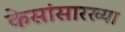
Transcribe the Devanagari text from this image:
केसांसारख्या